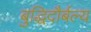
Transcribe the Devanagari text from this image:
बुद्धिदौर्बल्य